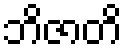
ဘိဇာတိ